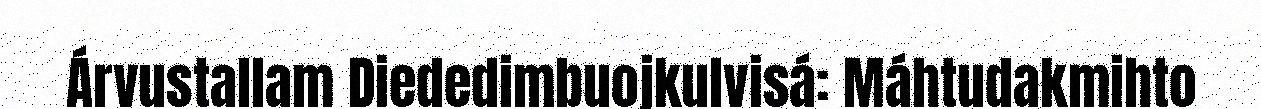
Árvustallam Diededimbuojkulvisá: Máhtudakmihto